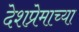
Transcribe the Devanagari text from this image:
देशप्रेमाच्या